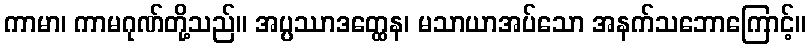
ကာမာ၊ ကာမဂုဏ်တို့သည်။ အပ္ပဿာဒတ္ထေန၊ မသာယာအပ်သော အနက်သဘောကြောင့်။